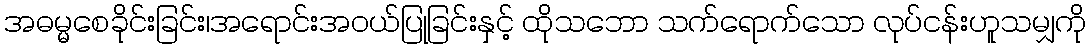
အဓမ္မစေခိုင်းခြင်း၊အရောင်းအဝယ်ပြုခြင်းနှင့် ထိုသဘော သက်ရောက်သော လုပ်ငန်းဟူသမျှကို